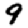
Digit: 9